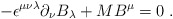
\begin{align*}-\epsilon^{\mu\nu\lambda}\partial_\nu B_\lambda +M B^\mu= 0\;.\end{align*}